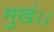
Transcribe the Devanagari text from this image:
मुखं।।